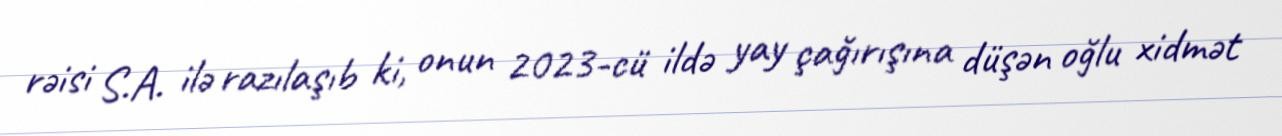
rəisi S.A. ilə razılaşıb ki, onun 2023-cü ildə yay çağırışına düşən oğlu xidmət